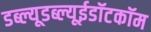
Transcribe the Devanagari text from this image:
डब्ल्यूडब्ल्यूईडॉटकॉम